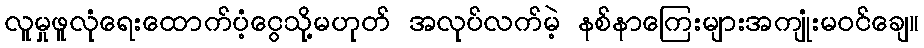
လူမှုဖူလုံရေးထောက်ပံ့ငွေသို့မဟုတ် အလုပ်လက်မဲ့ နစ်နာကြေးများအကျုံးမဝင်ချေ။